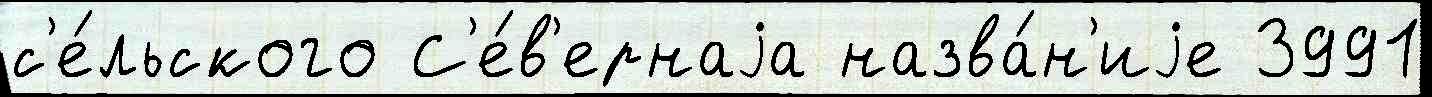
с'е́льского С'е́в'ернаjа назва́н'иjе 3991